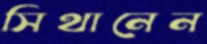
সিথানেন